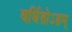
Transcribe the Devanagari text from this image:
वर्धितोऽहम्‌